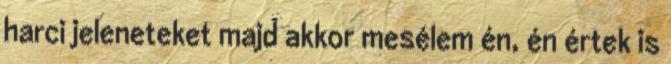
harci jeleneteket majd akkor mesélem én, én értek is